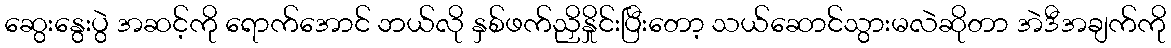
ဆွေးနွေးပွဲ အဆင့်ကို ရောက်အောင် ဘယ်လို နှစ်ဖက်ညှိနှိုင်းပြီးတော့ သယ်ဆောင်သွားမလဲဆိုတာ အဲဒီအချက်ကို